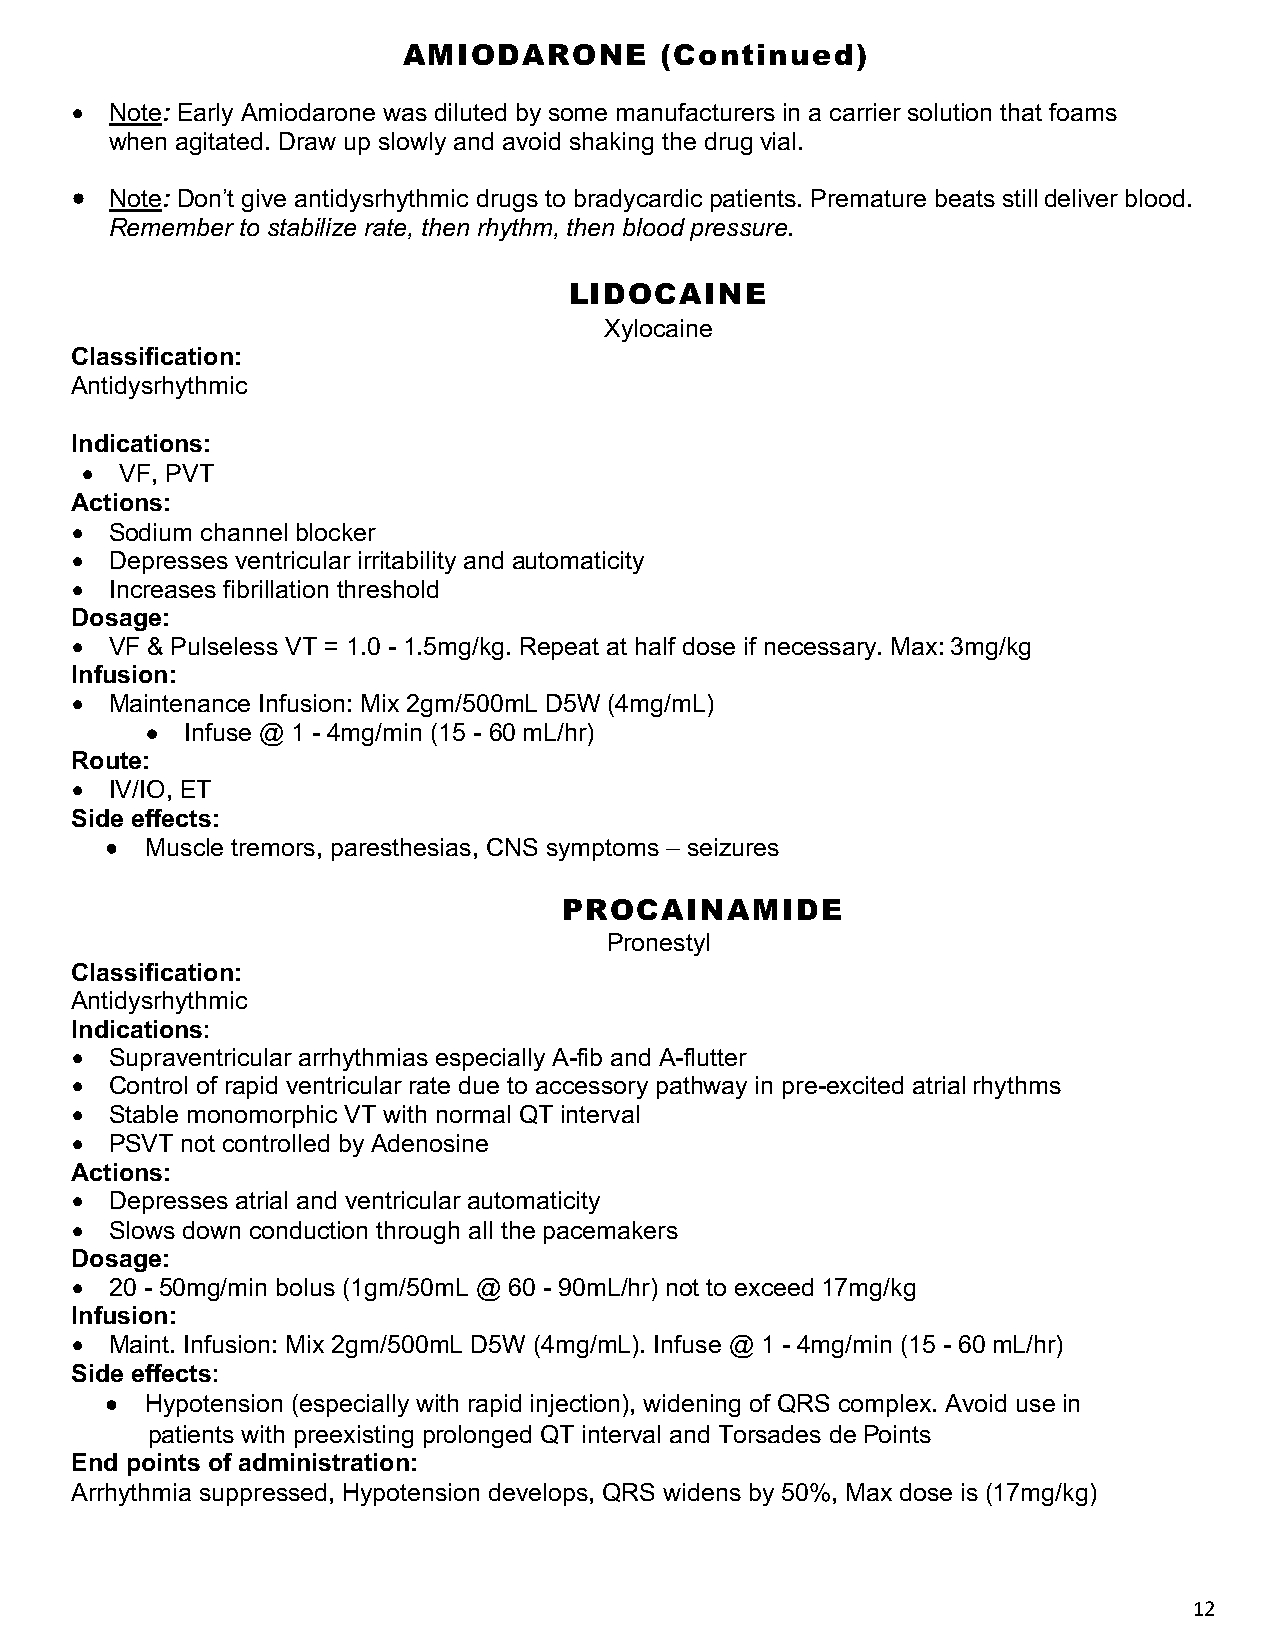
AMIODARONE       (Continued)
 • Note: Early Amiodarone was diluted by some manufacturers in a carrier solution that foams
 when agitated. Draw up slowly and avoid shaking the drug vial.
 • Note: Don’t give antidysrhythmic drugs to bradycardic patients. Premature beats still deliver blood.
 Remember to stabilize rate, then rhythm, then blood pressure.
 LIDOCAINE
 Xylocaine
 Classification:
 Antidysrhythmic
 Indications:
 •  VF, PVT
 Actions:
 • Sodium channel blocker
 • Depresses ventricular irritability and automaticity
 • Increases fibrillation threshold
 Dosage:
 • VF & Pulseless VT = 1.0 - 1.5mg/kg. Repeat at half dose if necessary. Max: 3mg/kg
 Infusion:
 • Maintenance Infusion: Mix 2gm/500mL D5W (4mg/mL)
 • Infuse @ 1 - 4mg/min (15 - 60 mL/hr)
 Route:
 • IV/IO, ET
 Side effects:
 •  Muscle tremors, paresthesias, CNS symptoms – seizures
 PROCAINAMIDE
 Pronestyl
 Classification:
 Antidysrhythmic
 Indications:
 • Supraventricular arrhythmias especially A-fib and A-flutter
 • Control of rapid ventricular rate due to accessory pathway in pre-excited atrial rhythms
 • Stable monomorphic VT with normal QT interval
 • PSVT not controlled by Adenosine
 Actions:
 • Depresses atrial and ventricular automaticity
 • Slows down conduction through all the pacemakers
 Dosage:
 • 20 - 50mg/min bolus (1gm/50mL @ 60 - 90mL/hr) not to exceed 17mg/kg
 Infusion:
 • Maint. Infusion: Mix 2gm/500mL D5W (4mg/mL). Infuse @ 1 - 4mg/min (15 - 60 mL/hr)
 Side effects:
 •  Hypotension (especially with rapid injection), widening of QRS complex. Avoid use in
 patients with preexisting prolonged QT interval and Torsades de Points
 End points of administration:
 Arrhythmia suppressed, Hypotension develops, QRS widens by 50%, Max dose is (17mg/kg)
 12